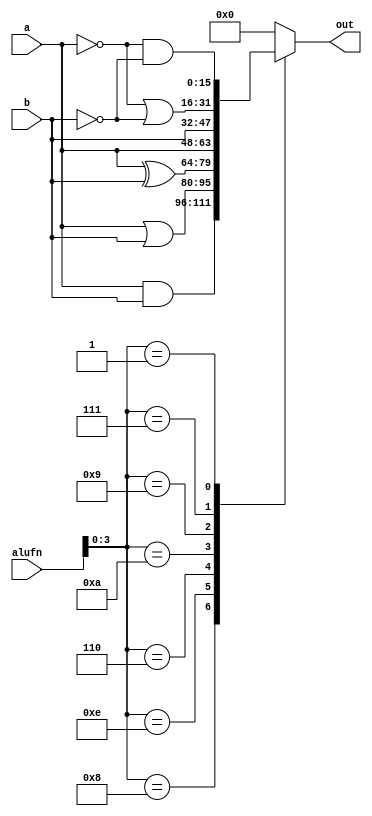
/*
   This file was generated automatically by Alchitry Labs version 1.2.7.
   Do not edit this file directly. Instead edit the original Lucid source.
   This is a temporary file and any changes made to it will be destroyed.
*/

module boolean_16_10 (
    input [15:0] a,
    input [15:0] b,
    input [5:0] alufn,
    output reg [15:0] out
  );
  
  
  
  always @* begin
    
    case (alufn[0+3-:4])
      4'h8: begin
        out = a & b;
      end
      4'he: begin
        out = a | b;
      end
      4'h6: begin
        out = a ^ b;
      end
      4'ha: begin
        out = a;
      end
      4'h9: begin
        out = b;
      end
      4'h7: begin
        out = ~a | ~b;
      end
      4'h1: begin
        out = ~a & ~b;
      end
      default: begin
        out = 16'h0000;
      end
    endcase
  end
endmodule